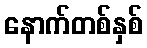
နောက်တစ်နှစ်